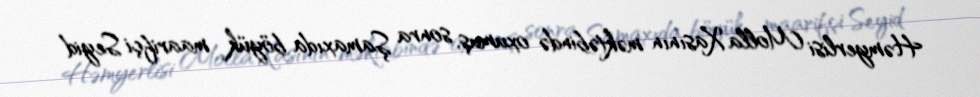
Həmyerlisi Molla Xasının məktəbində oxumuş, sonra Şamaxıda böyük maarifçi Seyid